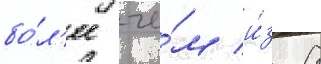
бо́л'ее че́м и́з 8